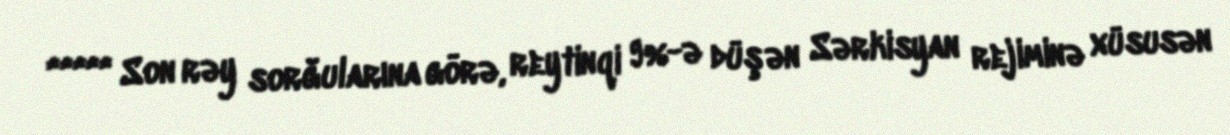
***** Son rəy sorğularına görə, reytinqi 9%-ə düşən Sərkisyan rejiminə xüsusən